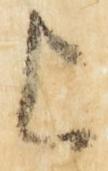
上